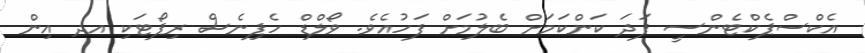
އެކްސްޕެކްޓެންސީ ފަދަ ކަންކަމަށް ބެލުމަށް ފަހުއެވެ. ވޯލްޑް ހެޕިނެސް ރިޕޯޓަކި އދ އިން